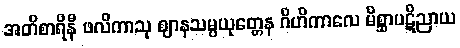
အတိစာရိနီ ဖလိကာသု ဈာနသမ္ပယုတ္တေန ဂိဟိကာလေ မိစ္ဆာပဋိညာယ